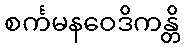
စင်္ကမနဝေဒိကန္တိ